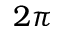
2 \pi